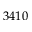
3 4 1 0